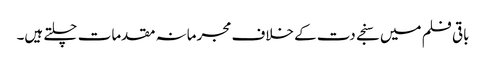
باقی فلم میں سنجے دت کے خلاف مجرمانہ مقدمات چلتے ہیں۔